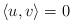
LaTeX: \begin{align*}\langle u, v\rangle = 0 \end{align*}